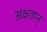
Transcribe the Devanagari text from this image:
अक्षतान्